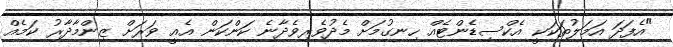
"އެފަދަ އަމަލުތަކަކީ އެކްސިޑެންޓެއް ހިނގުމަށް މެދުވެރިވެދާނެ ކަންކަން އެއީ ވަރަށް ޒިންމާދާރު ކަމެއް